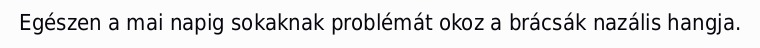
Egészen a mai napig sokaknak problémát okoz a brácsák nazális hangja.